Civil Veterinary Dept. North-West Frontier Province 1923-32 - 1923-1932
Year: 1923
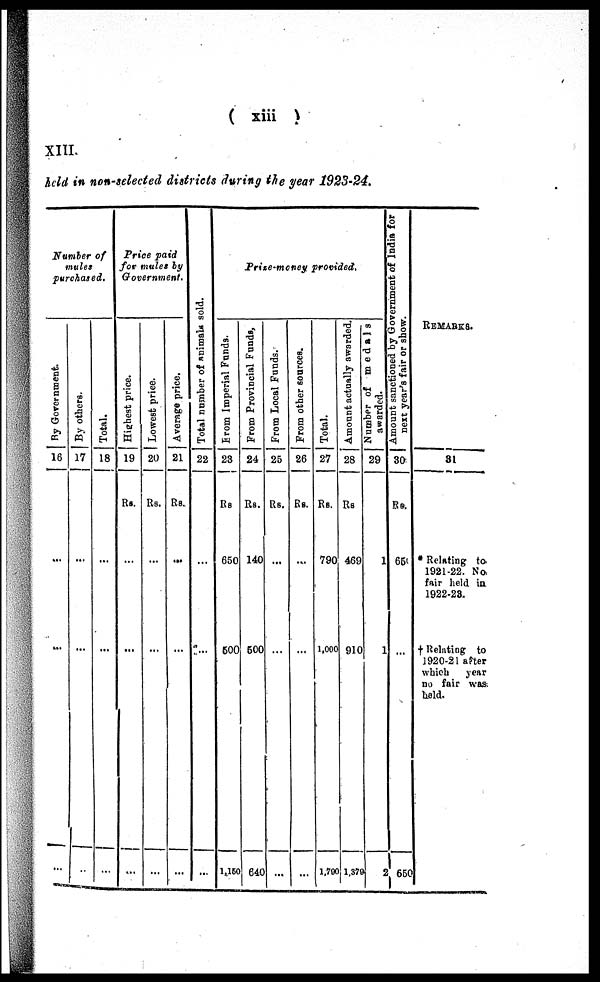
( xiii )
XIII.
held in non-selected districts during the year 1923-24.
Number of
mules
purchased.
By Government.
16
...
...
...
By others.
17
...
...
...
Total.
18
...
...
...
Price paid
for mules by
Government.
Highest price.
19
Rs.
...
...
...
Lowest price.
20
Rs.
...
...
...
Average price
21
Rs.
...
...
...
Total number of animals sold.
22
...
...
...
Prize-money provided.
Fr om I mper i al Funds .
23
Rs.
650
500
1,150
Fr om Pr ovi nc i
a l Funds .
24
Rs.
140
500
640
Fr om Local Funds.
25
Rs.
...
...
...
Fr om other sources.
26
Rs.
...
...
...
Tot al .
27
Rs.
790
1,000
1,700
Amo u n t actually awarded.
28
Rs.
469
910
1,379
Number of medals
awarded.
29
1
1
2
Amount sanctioned by Government of India for
next year's fair or show.
30
Rs.
650
...
650
REMARKS.
31
* Relating to
1921-22. No
fair held in
1922-23.
† Relating to
1920-21 after
which
year
no fair was
held.